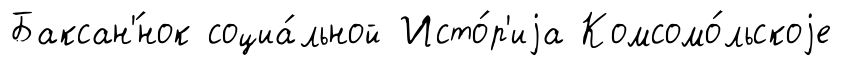
Баксан'́нок социа́льной Исто́р'иjа Комсомо́льскоjе